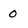
Character: 0